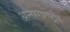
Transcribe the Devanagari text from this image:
अन्तरराराष्ट्रीय